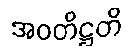
အဝတိဋ္ဌတိ